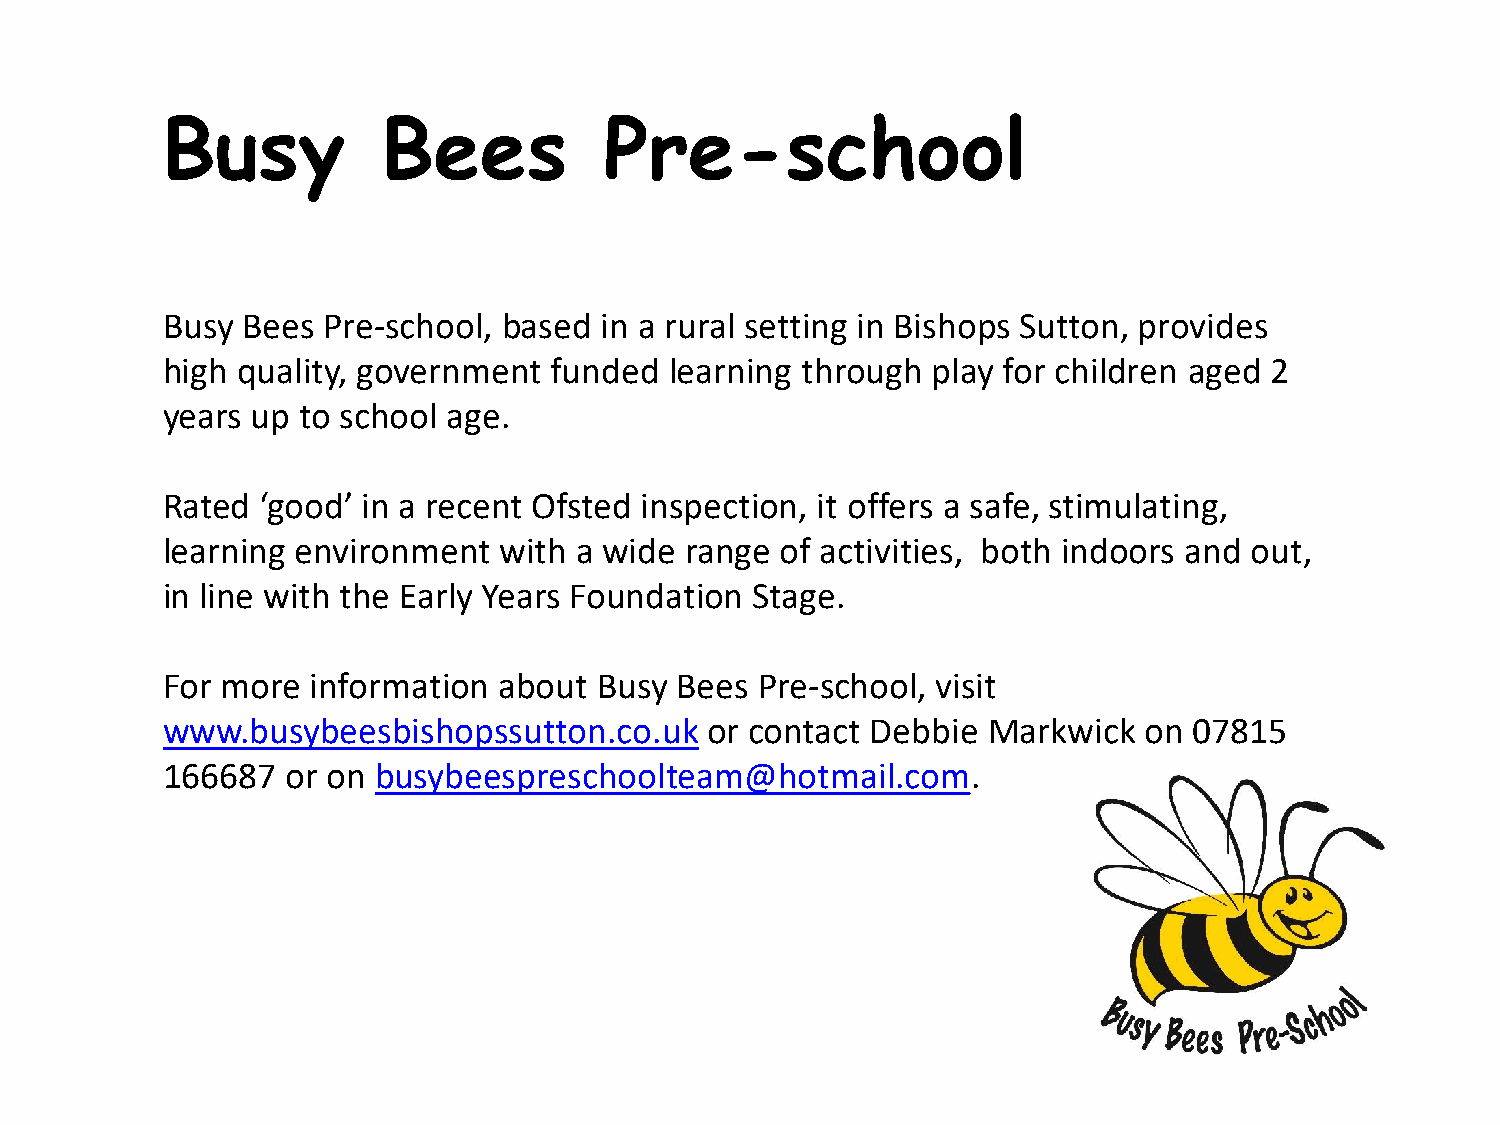
Busy          Bees           Pre-school
 Busy Bees Pre-school, based  in a rural setting in Bishops Sutton, provides
 high quality, government funded  learning through  play for children aged 2
 years up to school age.
 Rated ‘good’ in a recent Ofsted inspection, it offers a safe, stimulating,
 learning environment  with a wide range  of activities, both indoors and out,
 in line with the Early Years Foundation Stage.
 For more  information about  Busy Bees Pre-school, visit
 www.busybeesbishopssutton.co.uk     or contact Debbie Markwick   on 07815
 166687  or on busybeespreschoolteam@hotmail.com.